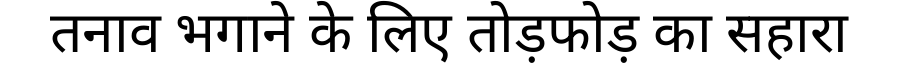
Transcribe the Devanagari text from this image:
तनाव भगाने के लिए तोड़फोड़ का सहारा